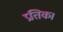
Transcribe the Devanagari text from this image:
प्रतिक।